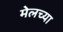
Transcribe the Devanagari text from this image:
मेलच्या